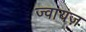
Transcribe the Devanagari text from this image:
ज्वायज़